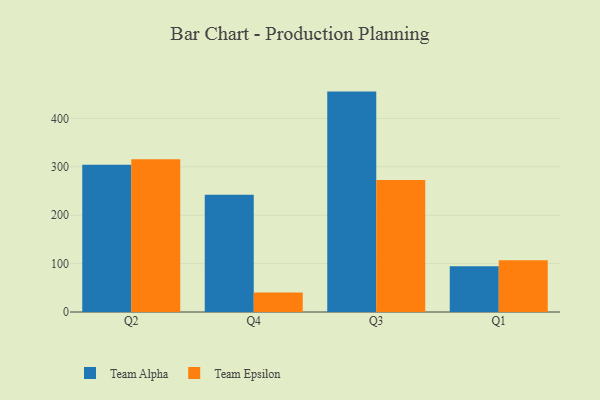
{"axis": {"x": "Quarter", "y": "Revenue (USD Million)"}, "legend": ["Team Alpha", "Team Epsilon"], "data": [{"x": "Q2", "y": 304.4, "type": "Team Alpha"}, {"x": "Q2", "y": 315.6, "type": "Team Epsilon"}, {"x": "Q4", "y": 242.5, "type": "Team Alpha"}, {"x": "Q4", "y": 40.4, "type": "Team Epsilon"}, {"x": "Q3", "y": 455.4, "type": "Team Alpha"}, {"x": "Q3", "y": 272.8, "type": "Team Epsilon"}, {"x": "Q1", "y": 94.4, "type": "Team Alpha"}, {"x": "Q1", "y": 107.0, "type": "Team Epsilon"}]}